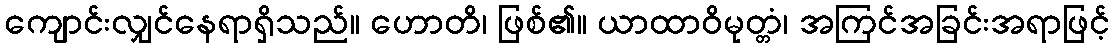
ကျောင်းလျှင်နေရာရှိသည်။ ဟောတိ၊ ဖြစ်၏။ ယာထာဝိမုတ္တံ၊ အကြင်အခြင်းအရာဖြင့်